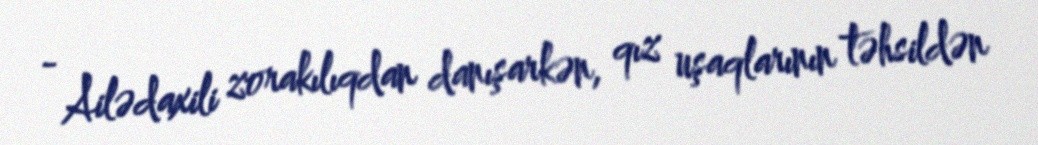
- Ailədaxili zorakılıqdan danışarkən, qız uşaqlarının təhsildən